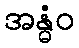
အန္ဓံဝ